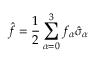
\hat { f } = \frac { 1 } { 2 } \sum _ { \alpha = 0 } ^ { 3 } f _ { \alpha } \hat { \sigma } _ { \alpha }